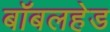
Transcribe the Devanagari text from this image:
बॉबलहेड